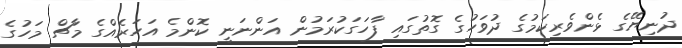
ދުނިޔޭގެ ޅެންވެރިކަމުގެ ދުވަހުގެ ގޮތުގައި ފާހަގަކުރަމުން އަންނަނީ ކޮންމެ އަހަރެއްގެ މާޗް މަހުގެ